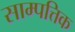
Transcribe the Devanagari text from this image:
साम्पत्तिक